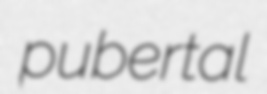
pubertal